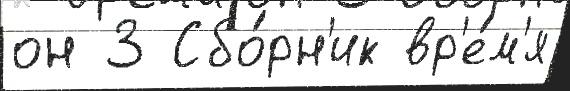
он 3 Сбо́рн'ик вр'е́м'я